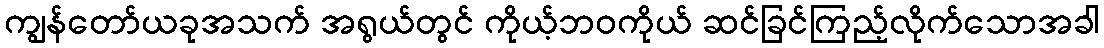
ကျွန်တော်ယခုအသက် အရွယ်တွင် ကိုယ့်ဘဝကိုယ် ဆင်ခြင်ကြည့်လိုက်သောအခါ